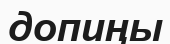
допиңы